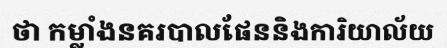
ថា កម្លាំងនគរបាលផែននិងការិយាល័យ